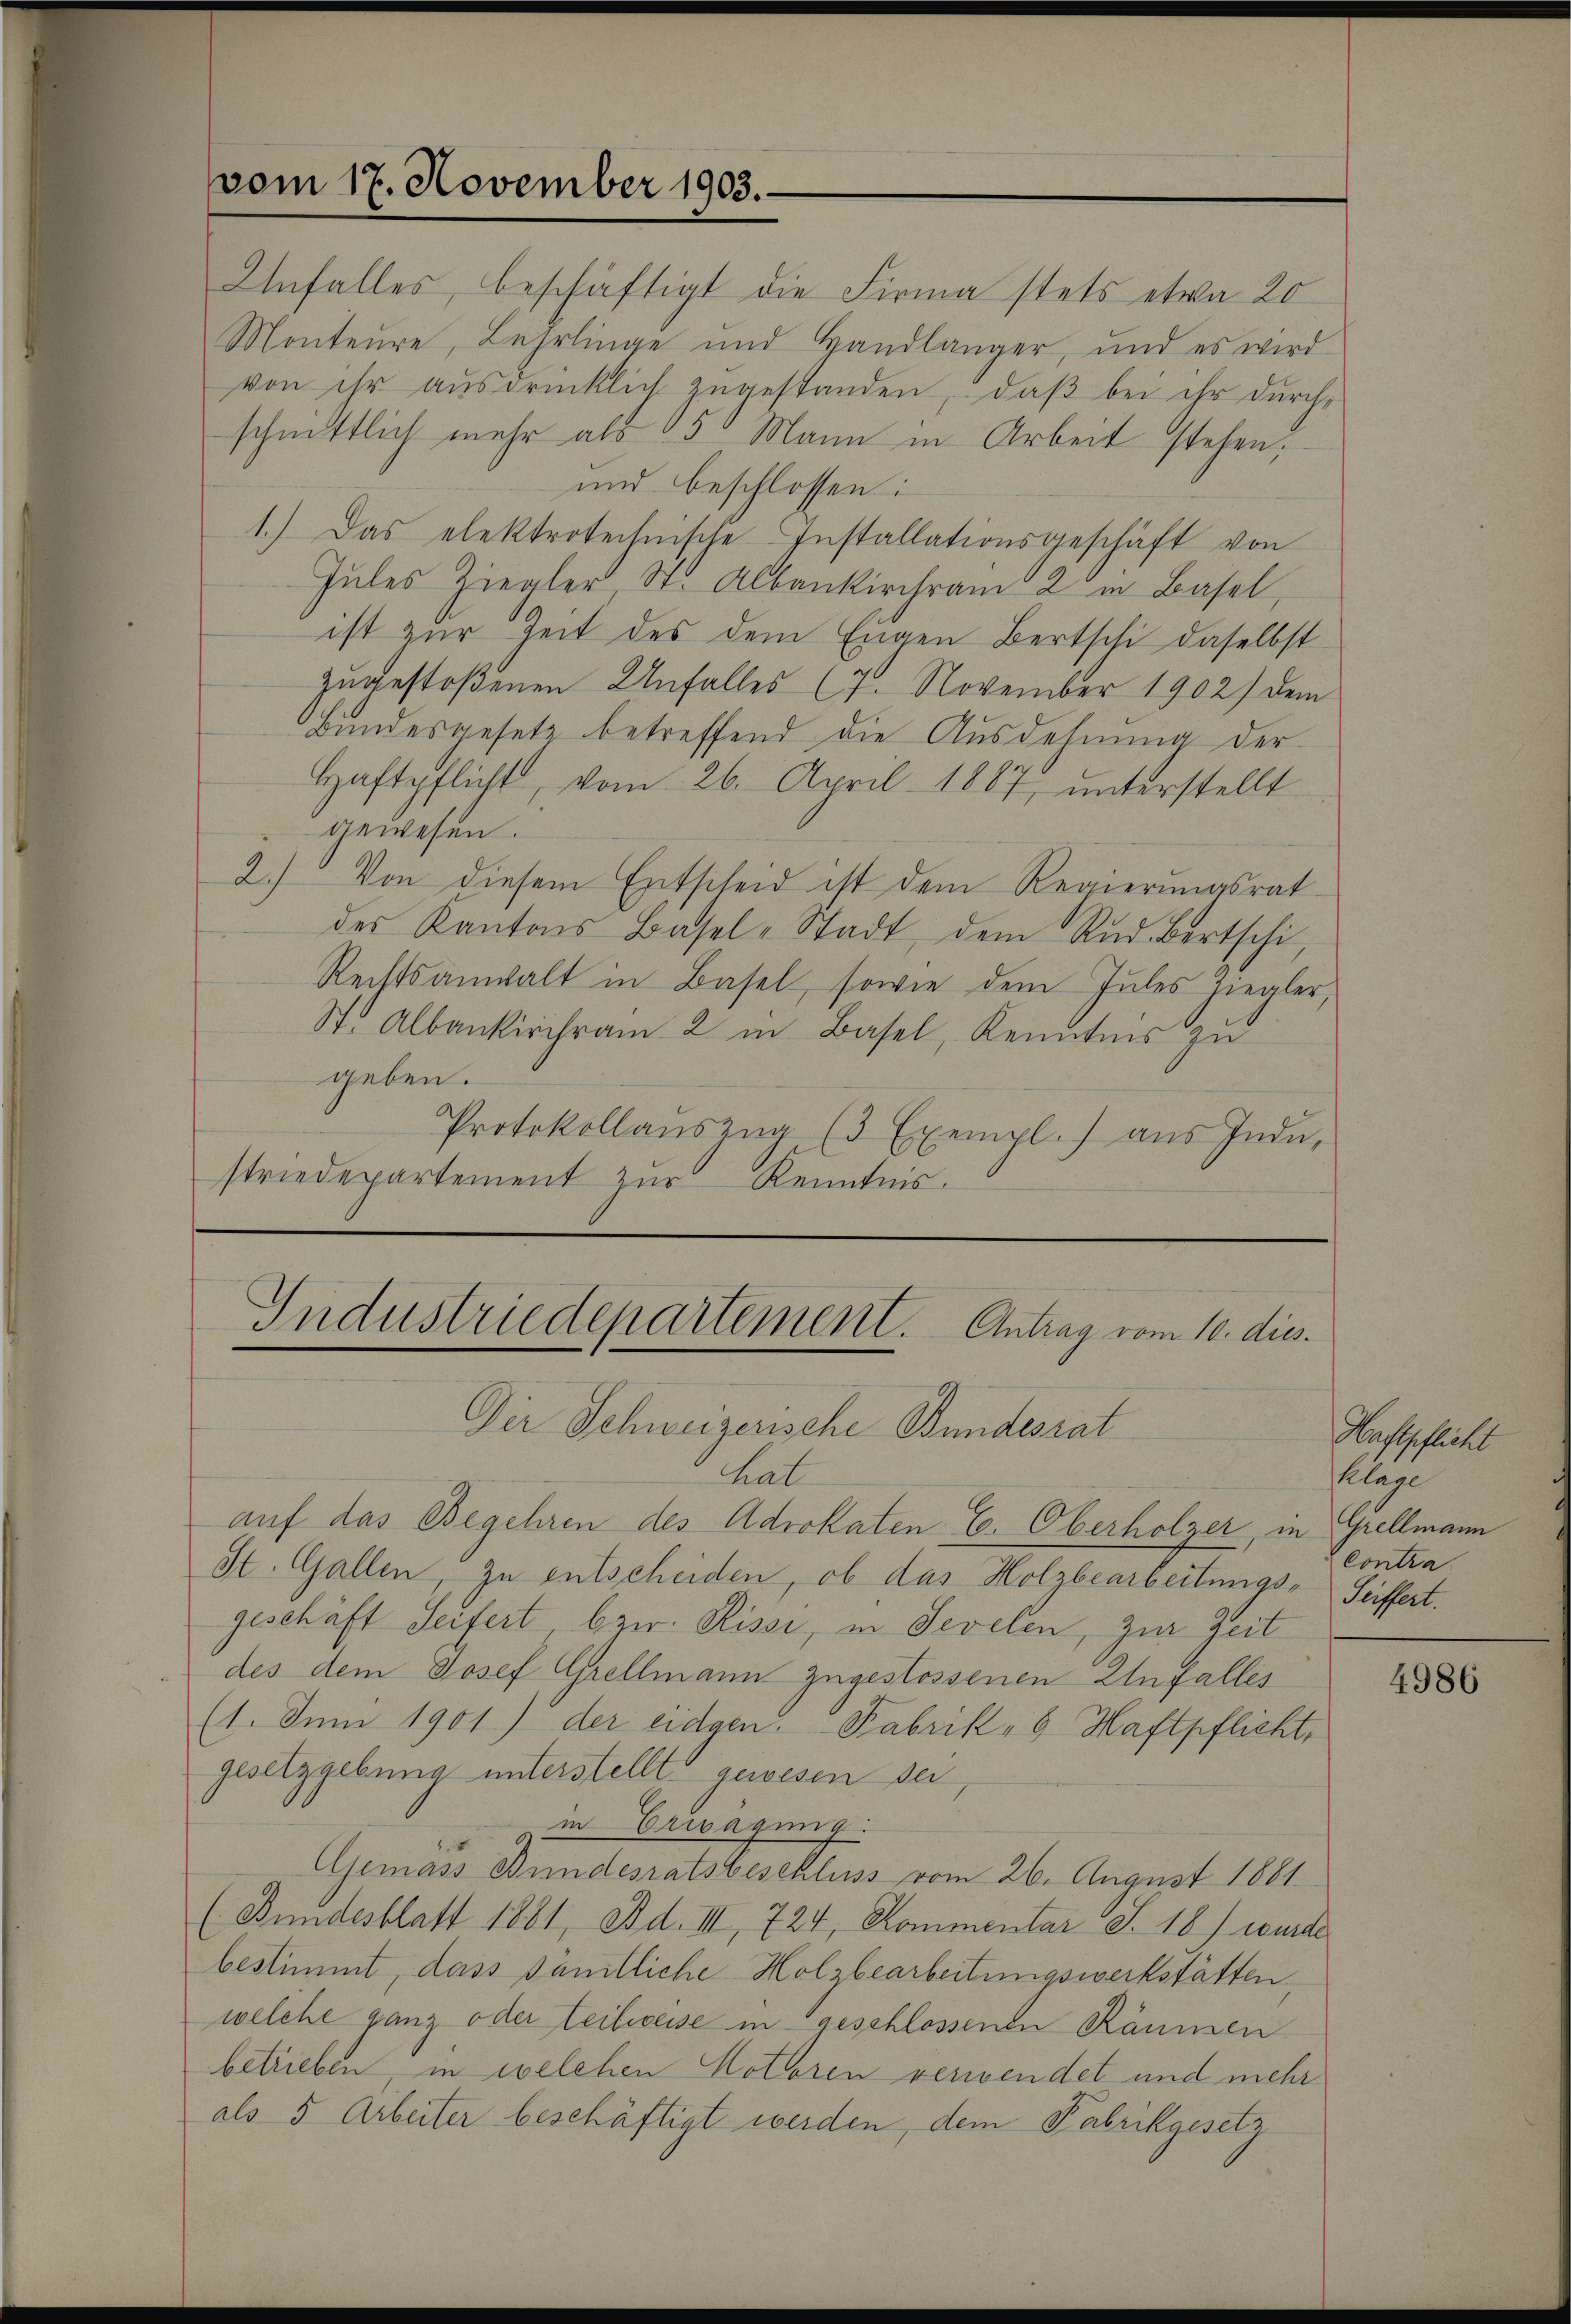
vom 17. November 1903.

Unfalles, beschäftigt die Firma stets etwa 20
Monteure, Lehrlinge und Handlänger, und es wird
von ihr ausdrücklich zugestanden, daß bei ihr durchschnittlich mehr als 35 Mann in Arbeit stehen,
und beschlossen:
1.) Das elektrotechnische Installationsgeschäft von
Jules Ziegler St. Albankirchram 2 in Basel,
ist zur Zeit des dem Engen Bertschi daselbst
zŭgestoßenen Unfalles (1. November 1902) dem
Bundesgesetz betreffend die Ausdehnung der
Haftpflicht, vom 26. April 1887, ŭnterstellt
gewesen.
2.) Von diesem Entscheid ist dem Regierungsrat
des Kantons Basel-Stadt, dem Rud. Bertschi,
Rechtsanwalt in Basel, sowie dem Jules Ziegler,
St. Albankirchram 2 in Basel, Kenntnis zu
geben.
Protokollauszug (3 Exempl. aus Indu,
striedepartement zur Kenntnis.

Industriedepartement. Antrag vom 10. dies.
Der Schweizerische Bundesrat

hat
auf das Begehren des Advokaten E. Oberholzer, in Grellmann
St. Gallen, zu entscheiden, ob das Holzbearbeitungs- Seiffert.
geschäft Seifert, bzw. Kisse, in Sevelen, zur Zeit
des dem Josef Grellmann zugestossenen Unfalles
(1. Juni 1901) der eidgen. Fabrik - 6 Haftpflicht,
gesetzgebung unterstellt gewesen sei,
in Erwägung:
Gemass Bundesratsbeschluss vom 26. August 1881.
(Bundesblatt 1881, Ad. III, 724, Kommentar S. 18) wurde
bestimmt, dass sämtliche Holzbearbeitungswerkstätten,
welche ganz oder teilweise in geschlossende Räumen
betrieben, in welchen Kothoren verwendet und mehr
als 5 Arbeiter beschäftigt werden, dem Fabrikgesetz

Haftpflicht
Klage
Contra

4986